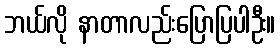
ဘယ်လို နာတာလည်းပြောပြပါဦး။